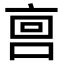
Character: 𫪮